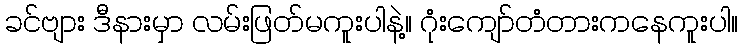
ခင်ဗျား ဒီနားမှာ လမ်းဖြတ်မကူးပါနဲ့။ ဂုံးကျော်တံတားကနေကူးပါ။